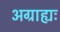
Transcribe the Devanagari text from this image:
अग्राह्यः